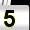
Digit: 5